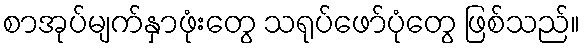
စာအုပ်မျက်နှာဖုံးတွေ သရုပ်ဖော်ပုံတွေ ဖြစ်သည်။